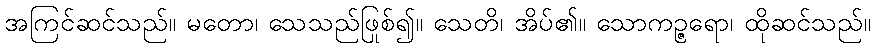
အကြင်ဆင်သည်။ မတော၊ သေသည်ဖြစ်၍။ သေတိ၊ အိပ်၏။ သောကုဉ္ဇရော၊ ထိုဆင်သည်။